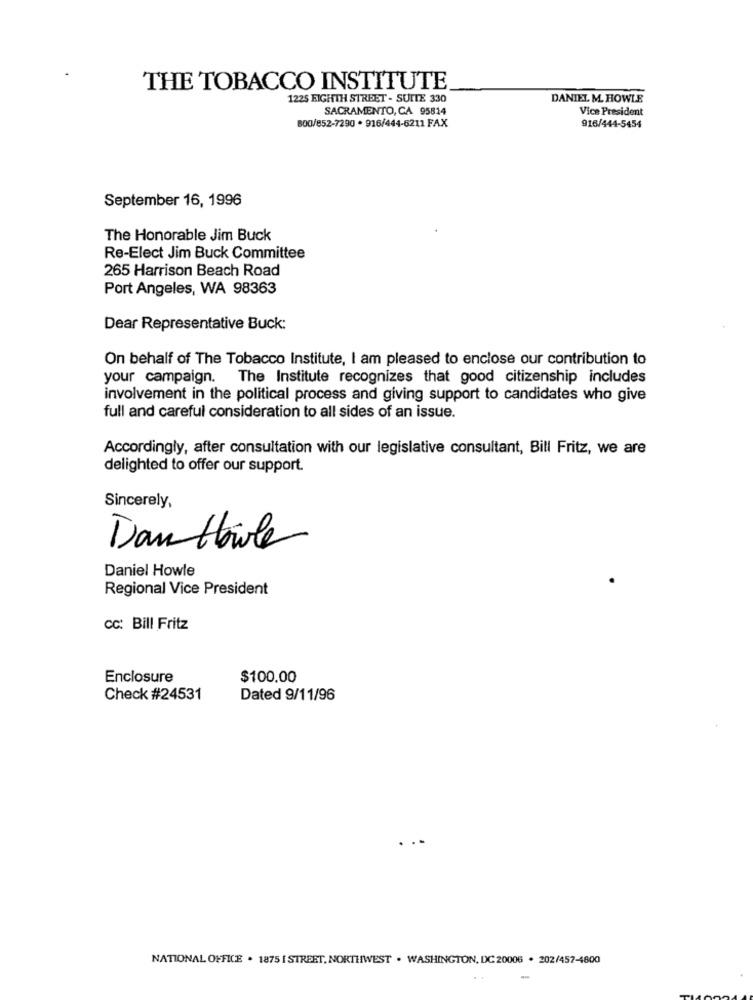
THE TOBACCO INSTITUTE
1225 EIGHTH STREET - SUITE 330
DANIEL M. HOWLE
SACRAMENTO, CA 95814
Vice President
600/852-7290 . 916/444-6211 FAX
916/444-5454
September 16, 1996
The Honorable Jim Buck
Re-Elect Jim Buck Committee
265 Harrison Beach Road
Port Angeles, WA 98363
Dear Representative Buck:
On behalf of The Tobacco Institute, I am pleased to enclose our contribution to
your campaign. The Institute recognizes that good citizenship includes
involvement in the political process and giving support to candidates who give
full and careful consideration to all sides of an issue.
Accordingly, after consultation with our legislative consultant, Bill Fritz, we are
delighted to offer our support.
Sincerely,
Dantbile
Daniel Howle
Regional Vice President
cc: Bill Fritz
Enclosure
$100.00
Check #24531
Dated 9/11/96
NATIONAL OFFICE . 1875 [ STREET, NORTHWEST . WASHINGTON, DC 20006 . 202/457-4800